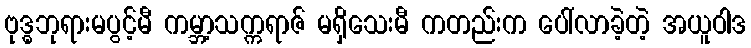
ဗုဒ္ဓဘုရားမပွင့်မီ ကမ္ဘာ့သက္ကရာဇ် မရှိသေးမီ ကတည်းက ပေါ်လာခဲ့တဲ့ အယူဝါဒ